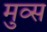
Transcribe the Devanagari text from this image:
मुव्स